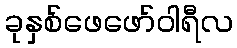
ခုနှစ်ဖေဖော်ဝါရီလ